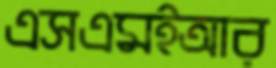
এসএমইআর